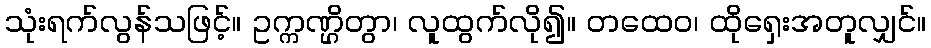
သုံးရက်လွန်သဖြင့်။ ဥက္ကဏ္ဌိတွာ၊ လူထွက်လို၍။ တထေဝ၊ ထိုရှေးအတူလျှင်။